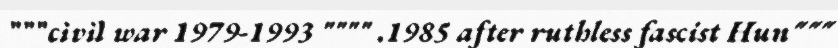
"""civil war 1979-1993 """" .1985 after ruthless fascist Hun"""